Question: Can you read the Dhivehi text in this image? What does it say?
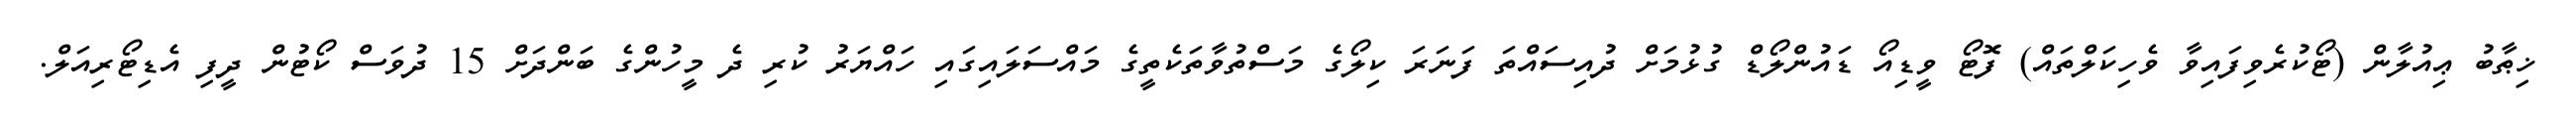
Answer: ޚިޠާބު ޢިއުލާން (ޓޯކުރެވިފައިވާ ވެހިކަލްތައް) ފޮޓޯ ވީޑިއޯ ޑައުންލޯޑް ގުޅުމަށް ދުއިސައްތަ ފަނަރަ ކިލޯގެ މަސްތުވާތަކެތީގެ މައްސަލައިގައި ހައްޔަރު ކުރި ދެ މީހުންގެ ބަންދަށް 15 ދުވަސް ކޯޓުން ދީފި އެޑިޓޯރިއަލް.